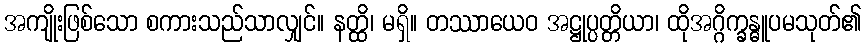
အကျိုးဖြစ်သော စကားသည်သာလျှင်။ နတ္ထိ၊ မရှိ။ တဿာယေဝ အဋ္ဌုပ္ပတ္တိယာ၊ ထိုအဂ္ဂိက္ခန္ဓူပမသုတ်၏